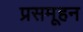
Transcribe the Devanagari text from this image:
प्रसमूहन